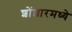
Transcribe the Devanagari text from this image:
शोंशारमध्ये